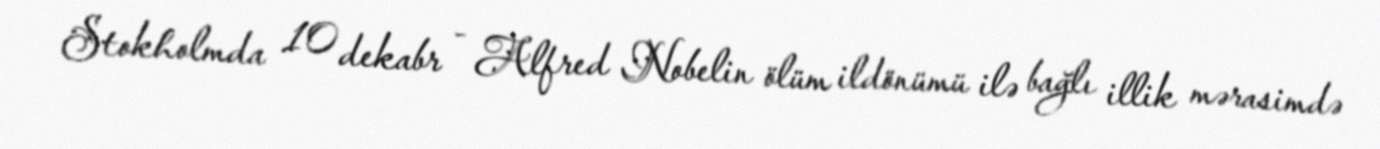
Stokholmda 10 dekabr - Alfred Nobelin ölüm ildönümü ilə bağlı illik mərasimdə